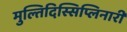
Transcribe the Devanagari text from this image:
मुल्तिदिस्सिप्लिनारी